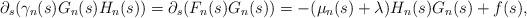
LaTeX: \begin{align*}\partial_s(\gamma_n(s)G_n(s)H_n(s)) = \partial_s (F_n(s)G_n(s)) =-(\mu_n(s)+\lambda)H_n(s)G_n(s) + f(s),\end{align*}